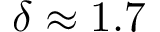
\delta \approx 1 . 7